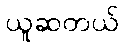
ယူဆတယ်